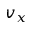
v _ { x }